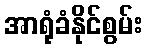
အာရုံခံနိုင်စွမ်း